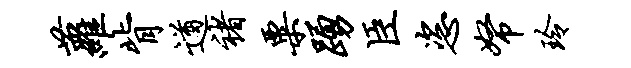
萝背遒褚粟踊臣恣帑玲